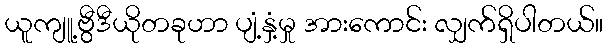
ယူကျူ့ဗွီဒီယိုတခုဟာ ပျံ့နှံ့မှု အားကောင်း လျှက်ရှိပါတယ်။